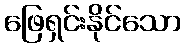
ဖြေရှင်းနိုင်သော